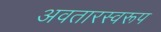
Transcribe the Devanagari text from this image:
अवतारस्वरूप